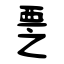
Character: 覂